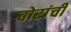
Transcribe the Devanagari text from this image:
चोरांची